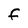
Character: f